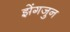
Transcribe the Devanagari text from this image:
झेंगजुन